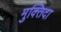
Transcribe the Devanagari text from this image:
मुक्‍तिदा